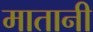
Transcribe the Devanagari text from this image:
मातानी